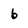
Character: 6